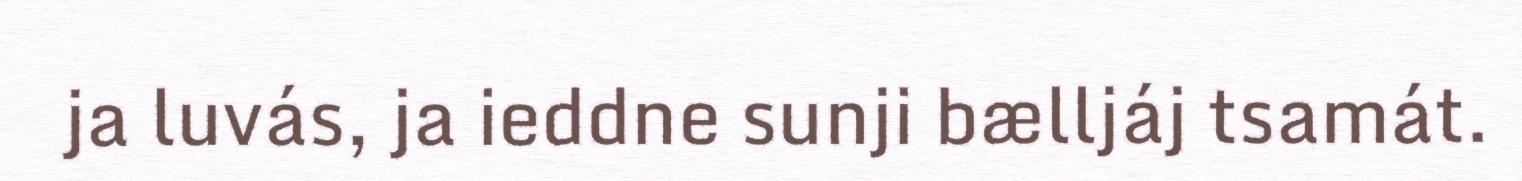
ja luvás, ja ieddne sunji bælljáj tsamát.